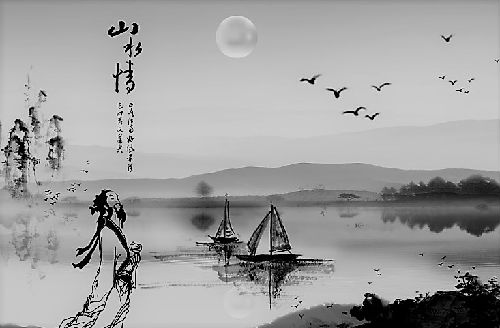
卧龙跃马终黄土，人事音书漫寂寥。